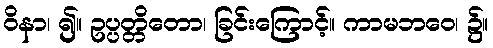
ဝိနာ၊ ၍။ ဥပ္ပတ္တိတော၊ ခြင်းကြောင့်။ ကာမဘဝေ၊ ၌။